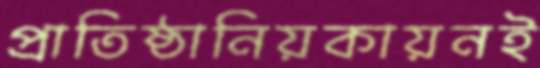
প্রাতিষ্ঠানিয়কায়নই